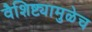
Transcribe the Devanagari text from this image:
वैशिष्ट्यामुळेच